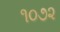
૧૦૭૨